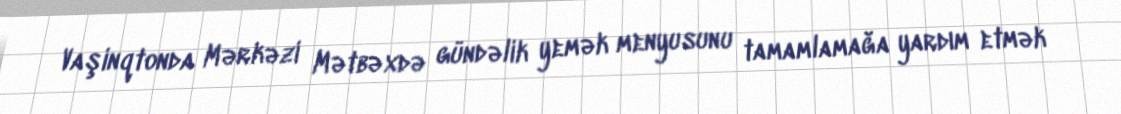
Vaşinqtonda Mərkəzi Mətbəxdə gündəlik yemək menyusunu tamamlamağa yardım etmək